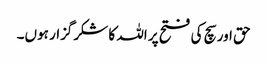
حق اور سچ کی فتح پر اللہ کا شکرگزار ہوں۔